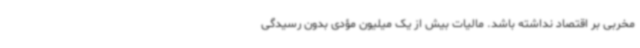
مخربی بر اقتصاد نداشته باشد. مالیات بیش از یک میلیون مؤدی بدون رسیدگی